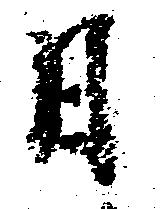
日